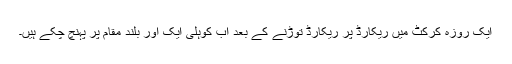
ایک روزہ کرکٹ میں ریکارڈ پر ریکارڈ توڑنے کے بعد اب کوہلی ایک اور بلند مقام پر پہنچ چکے ہیں۔